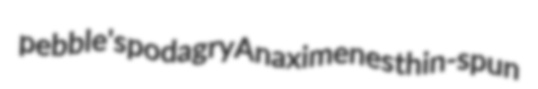
pebble's podagry Anaximenes thin-spun